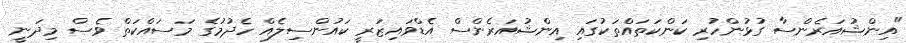
"އިންޝުއަރެންސާ ގުޅުންހުރި ކަންކަތައްތަކުގައި އިންޝުއަރެންސް އެޑްވައިޒަރީ ކައުންސިލެއް ހެދުމުގެ މަސައްކަތް ވެސް މިދަނީ